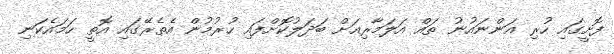
ފޮށީގައި ހުރި އަންނައުނު ތައް އަލަމާރިއަށް ބަދަލުކޮށްފައި ހުރުމުން އެތެރޭގައި އޮތީ ހަމައެކަނި